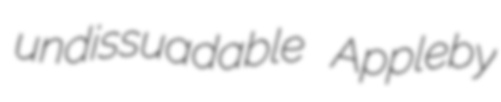
undissuadable Appleby